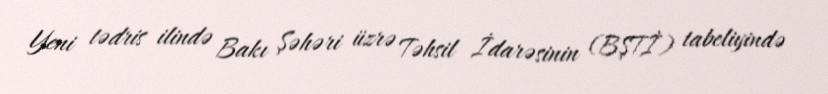
Yeni tədris ilində Bakı Şəhəri üzrə Təhsil İdarəsinin (BŞTİ) tabeliyində